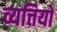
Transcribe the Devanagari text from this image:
व्यत्तियों